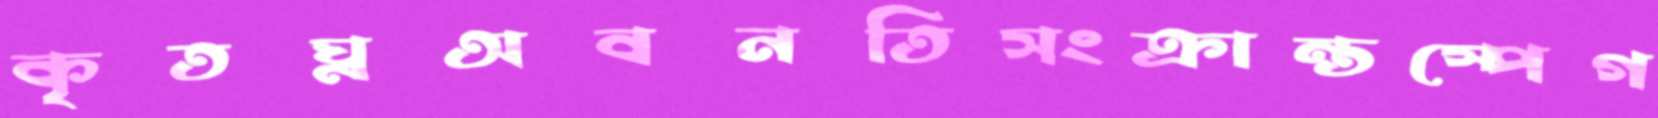
কৃতঘ্নঅবনতিসংক্রান্তস্পেগ